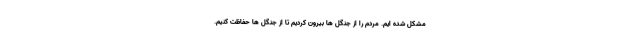
مشکل شده ایم. مردم را از جنگل ها بیرون کردیم تا از جنگل ها حفاظت کنیم.